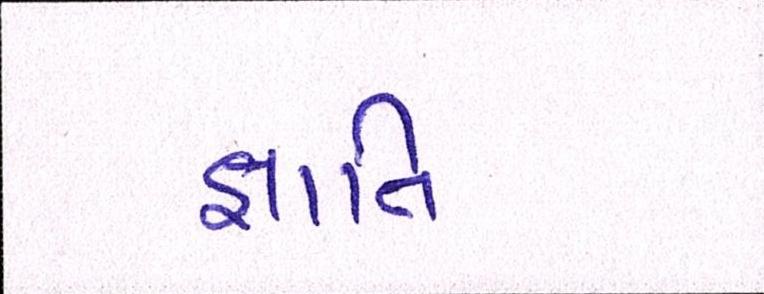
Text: જ્ઞાાતિ